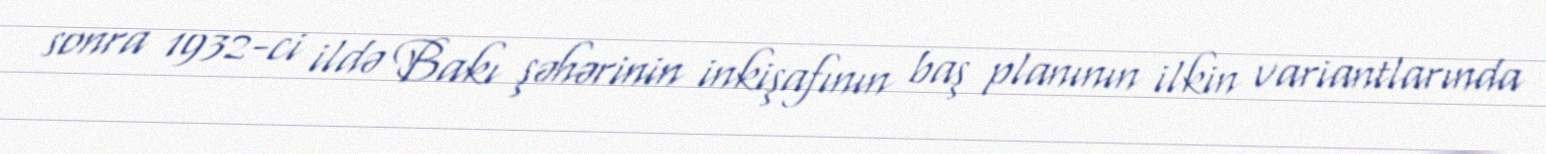
sonra 1932-ci ildə Bakı şəhərinin inkişafının baş planının ilkin variantlarında